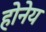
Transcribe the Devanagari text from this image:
होनेय